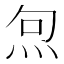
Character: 𭴔